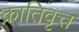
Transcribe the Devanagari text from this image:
क्रातिवृत्त